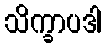
သိက္ခာပဒါ